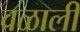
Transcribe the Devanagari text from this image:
वळाली